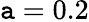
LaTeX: \mathtt{a}=0.2